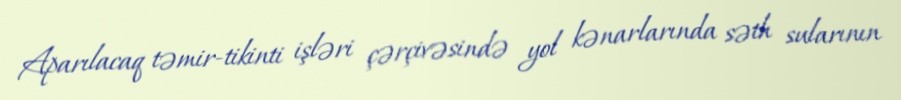
Aparılacaq təmir-tikinti işləri çərçivəsində yol kənarlarında səth sularının